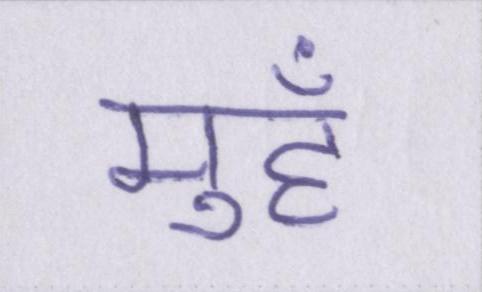
मुहँ